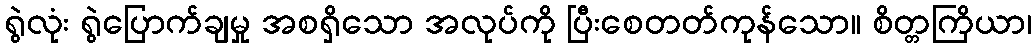
ရွဲလုံး ရွဲပြောက်ချမှု အစရှိသော အလုပ်ကို ပြီးစေတတ်ကုန်သော။ စိတ္တကြိယာ၊